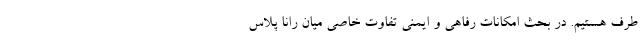
طرف هستیم. در بحث امکانات رفاهی و ایمنی تفاوت خاصی میان رانا پلاس